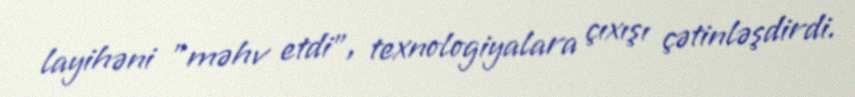
layihəni "məhv etdi", texnologiyalara çıxışı çətinləşdirdi.